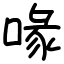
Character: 喙